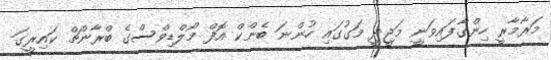
މަރާމާރީ ހިންގާފައިވަނީ މަޖީދީ މަގުގައި ހުންނަ ބެންކް އޮފް މޯލްޑިވްސްގެ ބްރާންޗް ކައިރީގަ